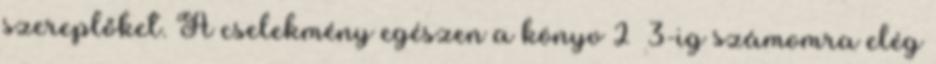
szereplőket. A cselekmény egészen a könyv 2 3-ig számomra elég